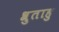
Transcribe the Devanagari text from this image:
श्रुताहु